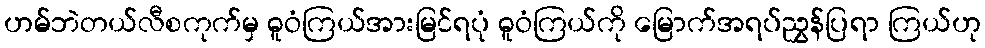
ဟမ်ဘဲတယ်လီစကုက်မှ ဓူဝံကြယ်အားမြင်ရပုံ ဓူဝံကြယ်ကို မြောက်အရပ်ညွှန်ပြရာ ကြယ်ဟု